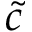
\Tilde { c }